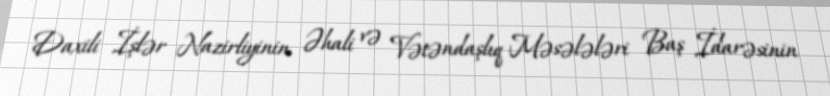
Daxili İşlər Nazirliyinin Əhali və Vətəndaşlıq Məsələləri Baş İdarəsinin